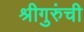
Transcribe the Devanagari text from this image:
श्रीगुरुंची